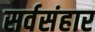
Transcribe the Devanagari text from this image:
सर्वसंहार